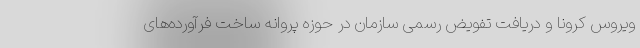
ویروس کرونا و دریافت تفویض رسمی سازمان در حوزه پروانه ساخت فرآورده‌های